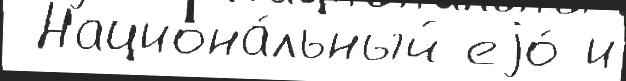
 Национа́льный еjо́ и